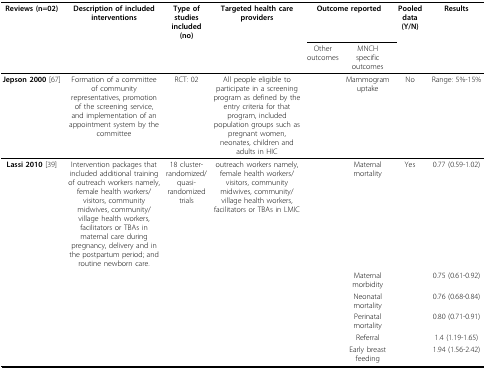
<table><thead><tr><td><b>Reviews (n=02)</b></td><td><b>Description of included interventions</b></td><td><b>Type of studies included (no)</b></td><td><b>Targeted health care providers</b></td><td colspan="2"><b>Outcome reported</b></td><td><b>Pooled data (Y/N)</b></td><td><b>Results</b></td></tr><tr><td></td><td></td><td></td><td></td><td><b>Other outcomes</b></td><td><b>MNCH specific outcomes</b></td><td></td><td></td></tr></thead><tbody><tr><td><b>Jepson 2000 </b>[67]</td><td>Formation of a committee of community representatives, promotion of the screening service, and implementation of an appointment system by the committee</td><td>RCT: 02</td><td>All people eligible to participate in a screening program as defined by the entry criteria for that program, included population groups such as pregnant women, neonates, children and adults in HIC</td><td></td><td>Mammogram uptake</td><td>No</td><td>Range: 5%-15%</td></tr><tr><td><b>Lassi 2010 </b>[39]</td><td>Intervention packages that included additional training of outreach workers namely, female health workers/visitors, community midwives, community/village health workers, facilitators or TBAs in maternal care during pregnancy, delivery and in the postpartum period; and routine newborn care.</td><td>18 cluster-randomized/quasi-randomized trials</td><td>outreach workers namely, female health workers/visitors, community midwives, community/village health workers, facilitators or TBAs in LMIC</td><td></td><td>Maternal mortality</td><td>Yes</td><td>0.77 (0.59-1.02)</td></tr><tr><td></td><td></td><td></td><td></td><td></td><td>Maternal morbidity</td><td></td><td>0.75 (0.61-0.92)</td></tr><tr><td></td><td></td><td></td><td></td><td></td><td>Neonatal mortality</td><td></td><td>0.76 (0.68-0.84)</td></tr><tr><td></td><td></td><td></td><td></td><td></td><td>Perinatal mortality</td><td></td><td>0.80 (0.71-0.91)</td></tr><tr><td></td><td></td><td></td><td></td><td></td><td>Referral</td><td></td><td>1.4 (1.19-1.65)</td></tr><tr><td></td><td></td><td></td><td></td><td></td><td>Early breast feeding</td><td></td><td>1.94 (1.56-2.42)</td></tr></tbody></table>